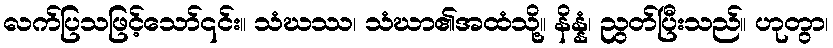
လက်ပြသဖြင့်သော်၎င်း။ သံဃဿ၊ သံဃာ၏အထံသို့။ နိန္နံ၊ ညွတ်ပြီးသည်။ ဟုတွာ၊